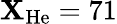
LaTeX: \mathbf{X}_{\textrm{{He}}}=71